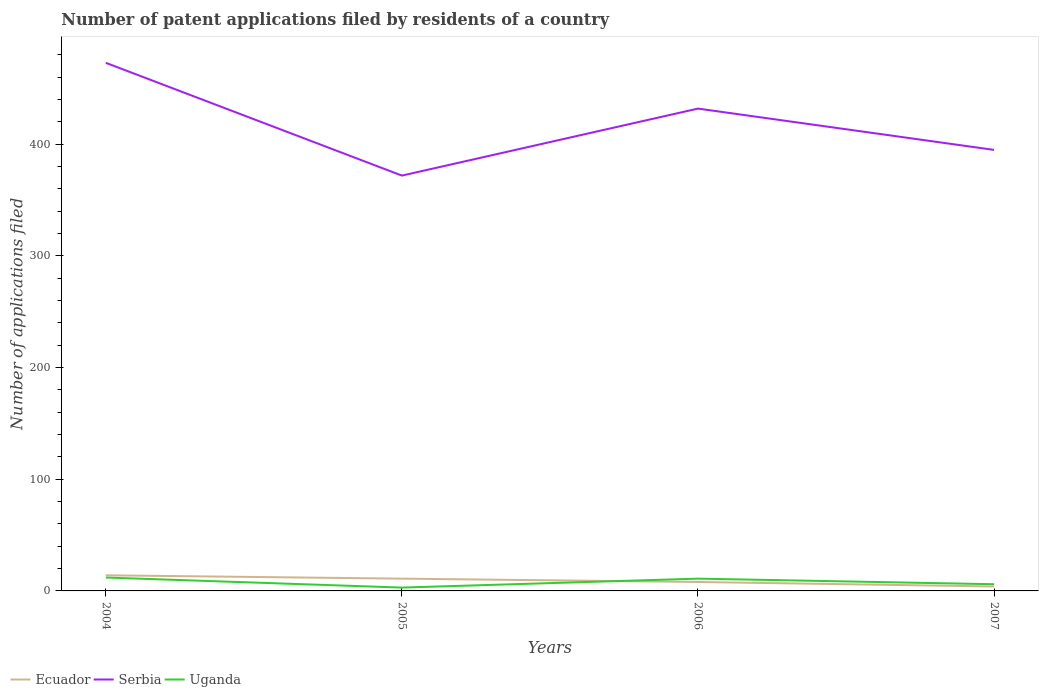
| Years | Ecuador | Serbia | Uganda |
 | --- | --- | --- | --- |
 | 2004 | 14 | 473 | 12 |
 | 2005 | 11 | 372 | 3 |
 | 2006 | 8 | 432 | 11 |
 | 2007 | 4 | 395 | 6 |